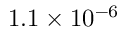
1 . 1 \times 1 0 ^ { - 6 }